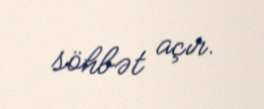
söhbət açır.